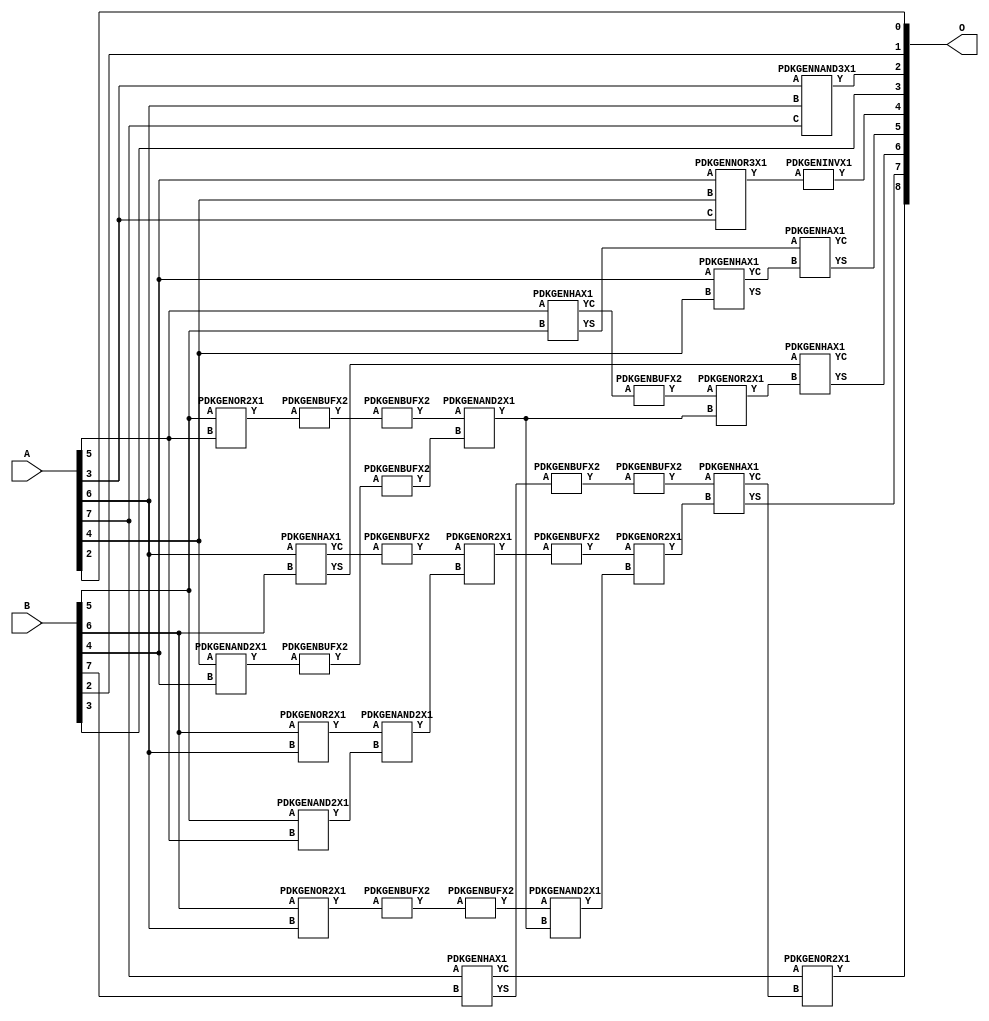
// Library = EvoApprox8b
// Circuit = add8_279
// Area   (180) = 1324
// Delay  (180) = 0.880
// Power  (180) = 358.00
// Area   (45) = 93
// Delay  (45) = 0.370
// Power  (45) = 28.52
// Nodes = 33
// HD = 188032
// MAE = 6.68945
// MSE = 69.50000
// MRE = 3.46 %
// WCE = 20
// WCRE = 400 %
// EP = 94.6 %

module add8_279(A, B, O);
  input [7:0] A;
  input [7:0] B;
  output [8:0] O;
  wire [2031:0] N;

  assign N[0] = A[0];
  assign N[1] = A[0];
  assign N[2] = A[1];
  assign N[3] = A[1];
  assign N[4] = A[2];
  assign N[5] = A[2];
  assign N[6] = A[3];
  assign N[7] = A[3];
  assign N[8] = A[4];
  assign N[9] = A[4];
  assign N[10] = A[5];
  assign N[11] = A[5];
  assign N[12] = A[6];
  assign N[13] = A[6];
  assign N[14] = A[7];
  assign N[15] = A[7];
  assign N[16] = B[0];
  assign N[17] = B[0];
  assign N[18] = B[1];
  assign N[19] = B[1];
  assign N[20] = B[2];
  assign N[21] = B[2];
  assign N[22] = B[3];
  assign N[23] = B[3];
  assign N[24] = B[4];
  assign N[25] = B[4];
  assign N[26] = B[5];
  assign N[27] = B[5];
  assign N[28] = B[6];
  assign N[29] = B[6];
  assign N[30] = B[7];
  assign N[31] = B[7];

  PDKGENNAND3X1 n36(.A(N[6]), .B(N[12]), .C(N[14]), .Y(N[36]));
  PDKGENOR2X1 n42(.A(N[28]), .B(N[12]), .Y(N[42]));
  assign N[43] = N[42];
  PDKGENOR2X1 n44(.A(N[28]), .B(N[12]), .Y(N[44]));
  PDKGENAND2X1 n46(.A(N[26]), .B(N[10]), .Y(N[46]));
  PDKGENNOR3X1 n48(.A(N[24]), .B(N[8]), .C(N[6]), .Y(N[48]));
  assign N[49] = N[48];
  PDKGENAND2X1 n68(.A(N[8]), .B(N[24]), .Y(N[68]));
  PDKGENBUFX2 n70(.A(N[68]), .Y(N[70]));
  PDKGENHAX1 n72(.A(N[24]), .B(N[8]), .YS(N[72]), .YC(N[73]));
  PDKGENHAX1 n78(.A(N[10]), .B(N[26]), .YS(N[78]), .YC(N[79]));
  PDKGENBUFX2 n80(.A(N[79]), .Y(N[80]));
  assign N[81] = N[80];
  PDKGENHAX1 n86(.A(N[12]), .B(N[28]), .YS(N[86]), .YC(N[87]));
  PDKGENHAX1 n96(.A(N[14]), .B(N[30]), .YS(N[96]), .YC(N[97]));
  PDKGENBUFX2 n128(.A(N[44]), .Y(N[128]));
  assign N[129] = N[128];
  PDKGENOR2X1 n134(.A(N[26]), .B(N[10]), .Y(N[134]));
  assign N[135] = N[134];
  PDKGENBUFX2 n136(.A(N[135]), .Y(N[136]));
  PDKGENBUFX2 n142(.A(N[87]), .Y(N[142]));
  assign N[143] = N[142];
  PDKGENBUFX2 n152(.A(N[70]), .Y(N[152]));
  assign N[153] = N[152];
  PDKGENBUFX2 n160(.A(N[96]), .Y(N[160]));
  PDKGENAND2X1 n162(.A(N[43]), .B(N[46]), .Y(N[162]));
  PDKGENBUFX2 n170(.A(N[129]), .Y(N[170]));
  PDKGENINVX1 n176(.A(N[49]), .Y(N[176]));
  assign N[177] = N[176];
  PDKGENOR2X1 n180(.A(N[143]), .B(N[162]), .Y(N[180]));
  assign N[181] = N[180];
  PDKGENBUFX2 n206(.A(N[136]), .Y(N[206]));
  PDKGENBUFX2 n208(.A(N[181]), .Y(N[208]));
  assign N[209] = N[208];
  PDKGENAND2X1 n226(.A(N[206]), .B(N[153]), .Y(N[226]));
  PDKGENOR2X1 n244(.A(N[81]), .B(N[226]), .Y(N[244]));
  assign N[245] = N[244];
  PDKGENAND2X1 n254(.A(N[170]), .B(N[226]), .Y(N[254]));
  PDKGENOR2X1 n272(.A(N[209]), .B(N[254]), .Y(N[272]));
  assign N[273] = N[272];
  PDKGENBUFX2 n376(.A(N[160]), .Y(N[376]));
  assign N[377] = N[376];
  PDKGENHAX1 n394(.A(N[78]), .B(N[73]), .YS(N[394]), .YC(N[395]));
  PDKGENHAX1 n404(.A(N[86]), .B(N[245]), .YS(N[404]), .YC(N[405]));
  PDKGENHAX1 n412(.A(N[377]), .B(N[273]), .YS(N[412]), .YC(N[413]));
  PDKGENOR2X1 n422(.A(N[97]), .B(N[413]), .Y(N[422]));

  assign O[0] = N[4];
  assign O[1] = N[20];
  assign O[2] = N[36];
  assign O[3] = N[22];
  assign O[4] = N[177];
  assign O[5] = N[394];
  assign O[6] = N[404];
  assign O[7] = N[412];
  assign O[8] = N[422];

endmodule
/* mod */
module PDKGENNOR3X1(input A, input B, input C, output Y );
     assign Y = ~((A | B) | C);
endmodule
/* mod */
module PDKGENHAX1( input A, input B, output YS, output YC );
    assign YS = A ^ B;
    assign YC = A & B;
endmodule
/* mod */
module PDKGENOR2X1(input A, input B, output Y );
     assign Y = A | B;
endmodule
/* mod */
module PDKGENAND2X1(input A, input B, output Y );
     assign Y = A & B;
endmodule
/* mod */
module PDKGENINVX1(input A, output Y );
     assign Y = ~A;
endmodule
/* mod */
module PDKGENNAND3X1(input A, input B, input C, output Y );
     assign Y = ~((A & B) & C);
endmodule
/* mod */
module PDKGENBUFX2(input A, output Y );
     assign Y = A;
endmodule